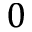
0